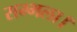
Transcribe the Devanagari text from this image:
सम्भला।